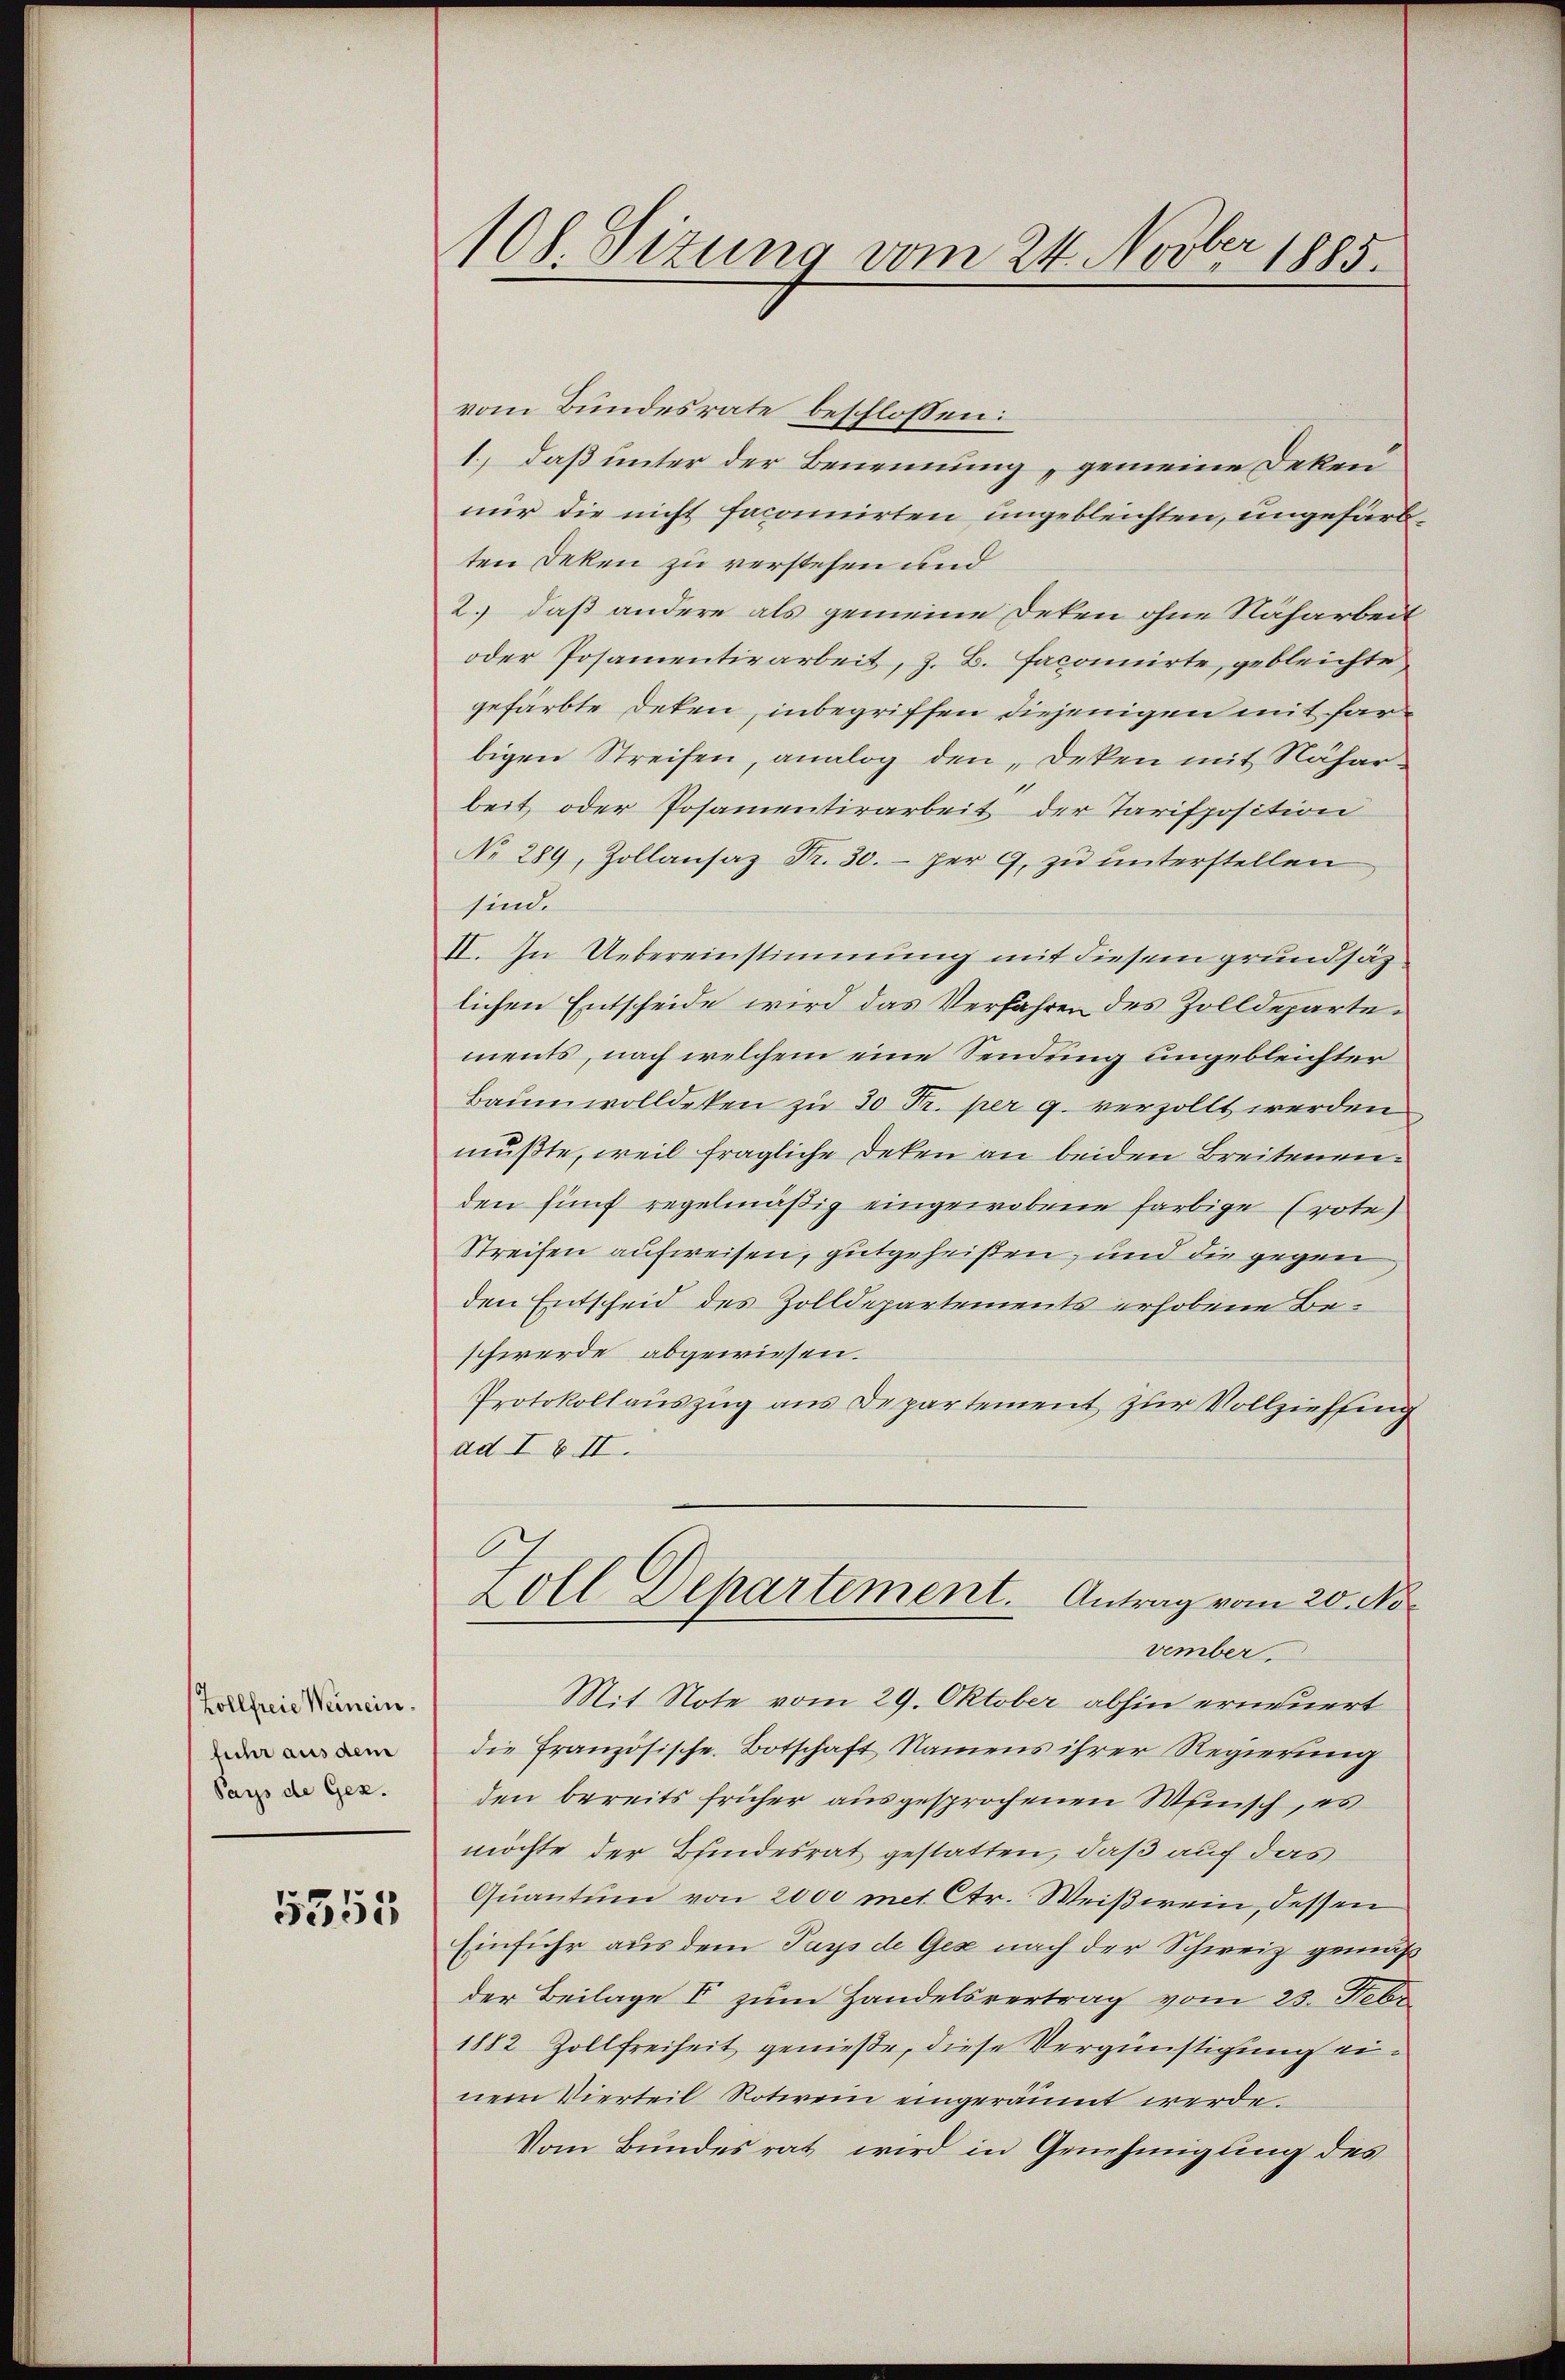
Zollfreie Weinein.
führ aus dem
Pays de Gez.

5355

108. Sizung vom 24. Novber 1885.

vom Bundesrate beschlossen:
1., daß unter der Benennung gemeine Deken
nur die nicht facomirten ungebleichten, ungefärbten Deken zu verstehen und
2. daß andere als gemeine Deten ohne Naharbeit
oder Posamentirarbeit, z. B. Faconirte, gebleichte
gefärbte Deten, inbegriffen diejenigen mit far
bigen Streifen, analog den „Deken mit Nähar-
beit oder Posamentirarbeit der Tarisposition
No 289, Zollansaz Fr. 30. per 9. zŭ ŭnterstellen
sind.
II. In Uebereinstimmung mit diesem grundsätz
lichen Entscheide wird das Verfahren des Zolldepartements, nach welchem eine Sendung ungebleichter
Baumwolldeten zu 30 Fr. per 9. verzollt werden
mußte, weil fragliche Deken an beiden Breitenen.
den fünf regelmäßig eingewobene farbige Erote
Streifen aufweisen, gutgeheißen, und die gegen
den Entscheid des Zolldepartements erhobene Beschwerde abgewiesen.
Protokollauszug aus Departement zur Vollziehung
ad I & II.
C
Zoll Departement. Antrag vom 20. November.
Mit Note vom 29. Oktober abhin erneuert
die Französische Botschaft Namens ihrer Regierung
den bereits früher ausgesprochenen Wunsch, es
möchte der Bundesrat gestatten, daß auf das
Quantum von 2000 met Ctr. Weißwein, dessen
Einfuhr aus dem Papp de Gex nach der Schweiz gemäß
der Beilage I zum Handelsvertrag vom 23. Febr
1882 Zollfreiheit genieße, diese Vergünstigung einem Vierteil Rotiven eingeräumt werde.
Vom Bundesrat wird in Genehmigung des